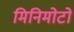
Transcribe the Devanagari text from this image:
मिनिमोटो